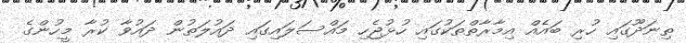
ތިނަދޫގައި ހުރި ބައެއް އިމާރާތްތަކުގައި ހުޅުޖެހި މައްސަލައިގައި ދައުލަތުން ދައުވާ ކުރާ މީހުންގެ